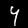
Label: 4